Report on horse surra - Volume I
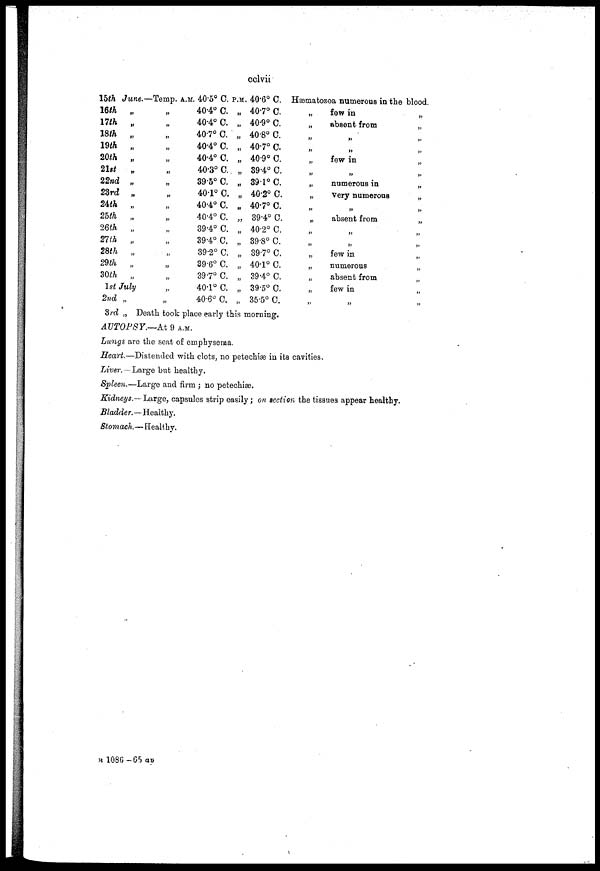
cclvii
15th June.-
16th
17th
18th
19th
20th
21st
22nd
23rd
24th
25th
26th
27th
28th
29th
20th
„
„
„
„
„
„
„
„
„
„
„
„
„
„
„
1st July
2nd
3rd
„
Temp.
„
„
„
„
„
„
„
„
„
„
„
„
„
„
„
„
„
A.M. 40.5° C.
40.4° C.
40.4° C.
40.7° C.
40.4° C.
40.4° C.
40.3° C.
39.5° C.
40.1° C.
40.4° C.
40.4° C.
39.4° C.
39.4° C.
39.2° C.
39.6° C.
39.7° C.
40.1° C.
40.6° C.
P.M.
„
„
„
„
„
„
„
„
„
„
„
„
„
„
„
„
„
40.6° C.
40.7° C.
40.9° C.
40.8° C.
40.7° C.
40.9° C.
39.4° C.
39.1° C.
40.2° C.
40.7° C.
39.4° C.
40.2° C.
39.8° C.
39.7° C.
40.l° C.
39.4° C.
39.5°C.
35.5° C.
„ Death took place early this morning.
Hæmatozoa numerous in
„
„
„
„
„
„
„
„
„
„
„
„
„
„
„
„
„
few in
absent from
„
„
few in
„
numerous in
Very numerous
„
absent from
„
„
few in
numerous
absent from
few in
„
the blood.
„
„
„
„
„
„
„
„
„
„
„
„
„
„
„
„
„
AUTOPSY.—At
9 A.M.
Lungs are the seat of emphysema.
Heart.—Distended with clots, no petechiæ in its cavities.
Liver. — Large but healthy.
Spleen.—Large and firm ; no petechiæ.
Kidneys.—Large, capsules strip easily ; on section the tissues appear healthy.
Bladder.—Healthy.
Stomach.— Healthy.
B 1086-65 ap